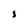
Character: 8